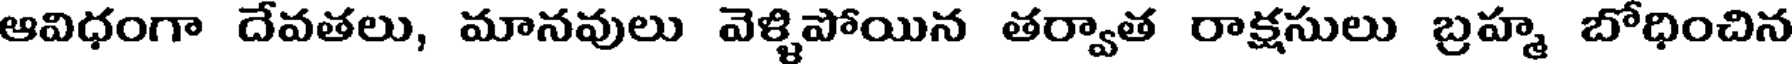
ఆవిధంగా దేవతలు, మానవులు వెళ్ళిపోయిన తర్వాత రాక్షసులు బ్రహ్మ బోధించిన